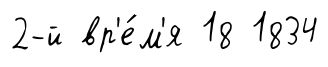
2-й вр'е́м'я 18 1834